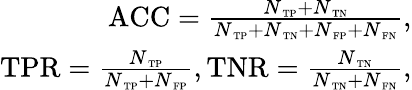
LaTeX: \begin{array}{r}{\mathrm{ACC}=\frac{N_{\mathrm{\scriptsize~TP}}+N_{\mathrm{\scriptsize~TN}}}{N_{\mathrm{\scriptsize~TP}}+N_{\mathrm{\scriptsize~TN}}+N_{\mathrm{\scriptsize~FP}}+N_{\mathrm{\scriptsize~FN}}},}\\ {\mathrm{TPR}=\frac{N_{\mathrm{\scriptsize~TP}}}{N_{\mathrm{\scriptsize~TP}}+N_{\mathrm{\scriptsize~FP}}},\mathrm{TNR}=\frac{N_{\mathrm{\scriptsize~TN}}}{N_{\mathrm{\scriptsize~TN}}+N_{\mathrm{\scriptsize~FN}}},}\end{array}